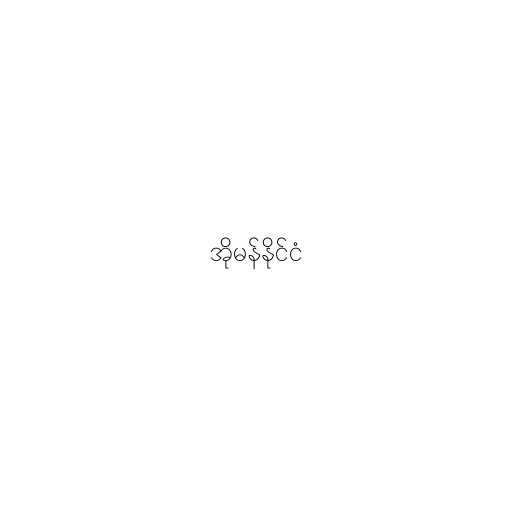
အိုမန်နိုင်ငံ